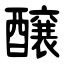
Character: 醸